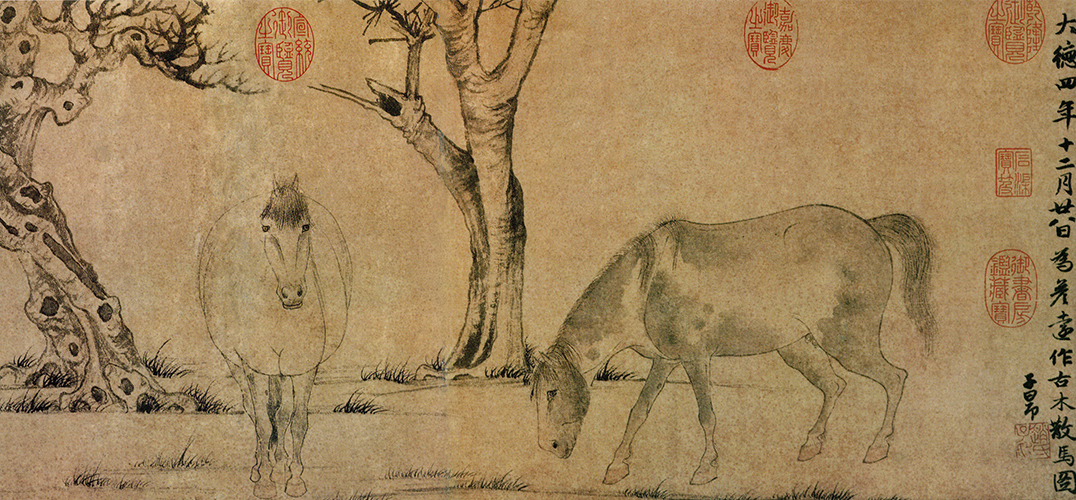
穗帷飘井干，樽酒若平生。